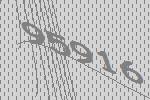
95916